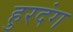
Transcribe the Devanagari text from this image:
हुरदंग